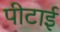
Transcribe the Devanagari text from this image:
पीटाई